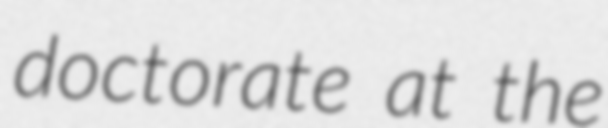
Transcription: doctorate at the